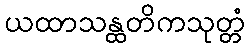
ယထာသန္ထတိကသုတ္တံ